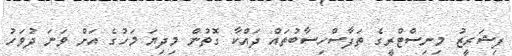
ފިޝަރީޒު މިނިސްޓްރީގެ ތަފާސްހިސާބުތައް ދައްކާ ގޮތުން މިދިޔަ މަހުގެ އަށް ވަނަ ދުވަހު